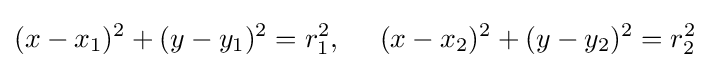
(x-x_{1})^{2}+(y-y_{1})^{2}=r_{1}^{2},\ \quad (x-x_{2})^{2}+(y-y_{2})^{2}=r_{2}^{2}